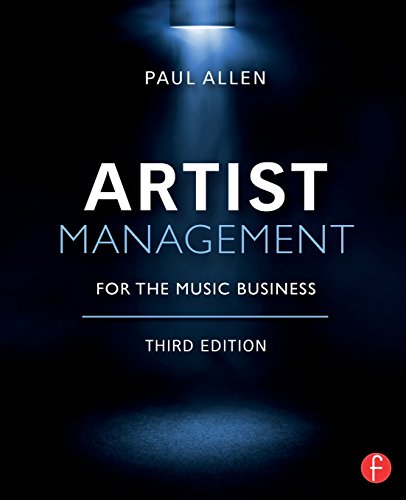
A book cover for Artist Management for the Music Business; Paul Allen; Engineering & Transportation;